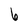
Character: 6